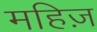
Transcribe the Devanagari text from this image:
महिज़